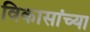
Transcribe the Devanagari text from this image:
विकासांच्या